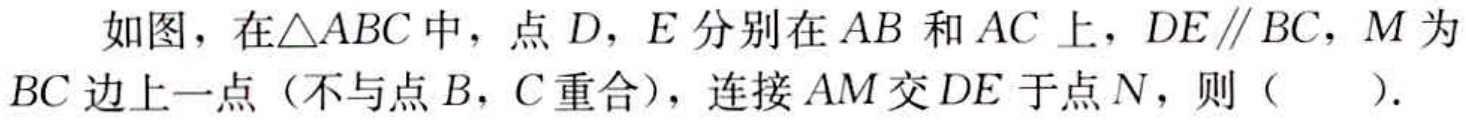
如图，在\(\triangle ABC\)中，点\(D\)，\(E\)分别在\(AB\)和\(AC\)上，\(DE \parallel BC\)，\(M\)为\(BC\)边上一点（不与点\(B\)，\(C\)重合），连接\(AM\)交\(DE\)于点\(N\)，则（  ）.